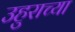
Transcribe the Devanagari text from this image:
उहुराच्या